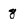
Character: 8